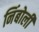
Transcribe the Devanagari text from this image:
निंबोली